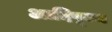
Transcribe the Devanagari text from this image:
आदिपूज्य